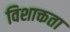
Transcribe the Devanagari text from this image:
विशाक्तता